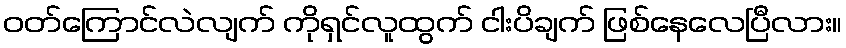
ဝတ်ကြောင်လဲလျက် ကိုရှင်လူထွက် ငါးပိချက် ဖြစ်နေလေပြီလား။